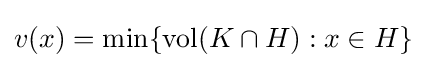
v(x)=\operatorname {min} \{\operatorname {vol} (K\cap H):x\in H\}